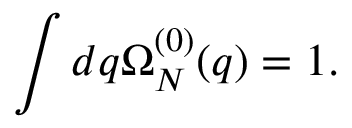
\int d q \Omega _ { N } ^ { ( 0 ) } ( q ) = 1 .